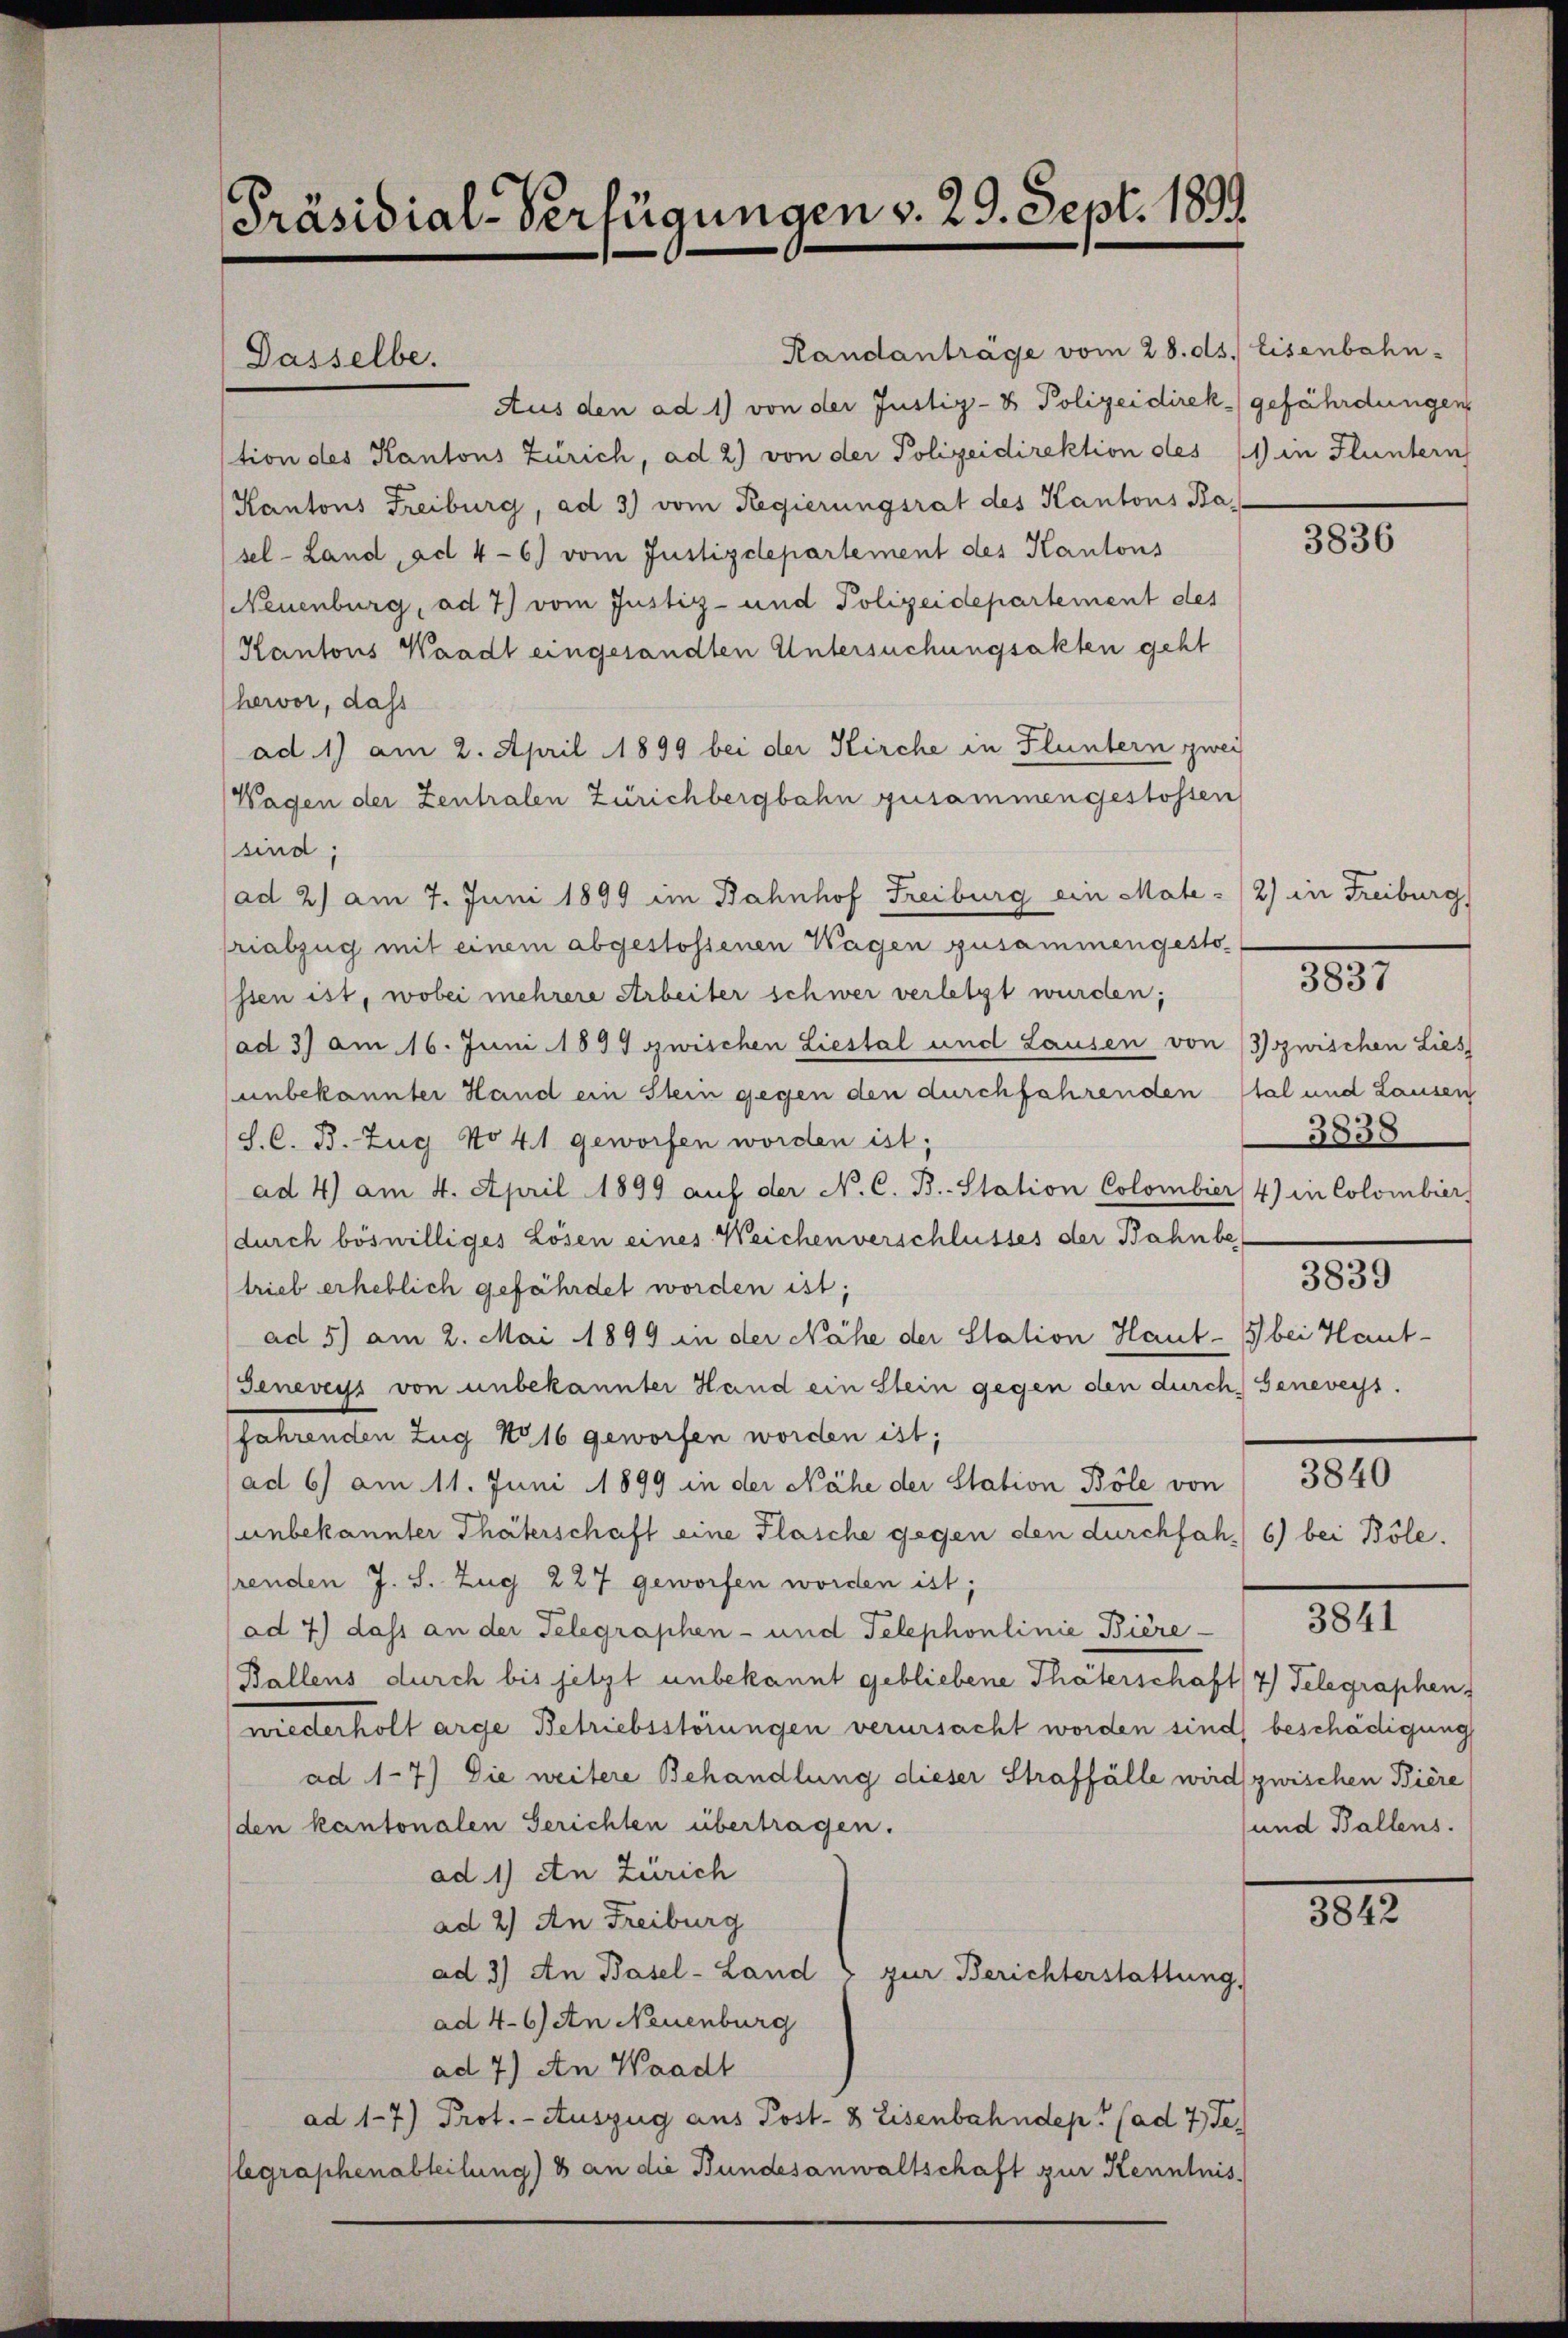
Präsidial-Verfügungen v. 29. Sept. 1899

Dasselbe.

Randanträge vom 28. ds. Eisenbahn-

Aus den ad 1) von der Justiz- & Polizeidirek gefährdungen
tion des Kantons Zürich, ad 2) von der Polizeidirektion des (1 in Fluntern
Kantons Freiburg, ad 3) vom Regierungsrat des Kantons Ba-
sel-Land, ad 4-6) vom Justizdepartement des Kantons
Neuenburg, ad 7) vom Justiz- und Polizeidepartement des
Kantons Waadt eingesandten Untersuchungsakten geht
hervor, dass
ad. 1) am 2. April 1899 bei der Kirche in Fluntern zwei
Wagen der Zentralen Zürichbergbahn zusammengestossen
sind;
ad 2) am 7. Juni 1899 im Bahnhof Freiburg ein Male - (2) in Freiburg
riabzug mit einem abgestossenen Wagen zusammengesto-
ssen ist, wobei mehrere Arbeiter schwer verletzt wurden;
(ad 3) am 16. Juni 1899 zwischen Liestal und Lausen von zwischen Lies
unbekannter Hand ein Stein gegen den durchfahrenden Stal und Lausen
S. C. B. Zug No 41 geworfen worden ist;
ad 4) am 4. April 1899 auf der N. C. B. Station Colombier 4) in Colombier
(durch böswilliges Lösen eines Weichenverschlusses der Bahnbe
trieb erheblich gefährdet worden ist;
ad 5) am 2. Mai 1899 in der Nähe der Station Haut- bei Haut-
Jeneveys von unbekannter Hand ein Stein gegen den durch Geneveys.
fahrenden Zug No 16 geworfen worden ist;
ad 6) am 11. Juni 1899 in der Nähe der Station Böle von 3840
unbekannter Thäterschaft eine Flasche gegen den durchfah,) 6) bei Böle.
renden J. S. Zug 227 geworfen worden ist;
ad 7) dass an der Telegraphen- und Telephonlinie Biere
Ballens durch bis jetzt unbekannt gebliebene Thäterschaft 2) Telegraphen,
wiederholt arge Betriebsstörungen verursacht worden sind) beschädigung
ad 17) Die weitere Behandlung dieser Straffälle wird zwischen Biere
den kantonalen Gerichten übertragen.
ad 1) An Zürich
ad 2) An Freiburg
ad 3) An Basel-Land & zur Berichterstattung.
ad 46) An Neuenburg
ad 7) An Waadt
ad 17) Prof. - Auszug aus Post- 8 Eisenbahndep? (ad 7. Je
legraphenabteilung) 8 an die Bundesanwaltschaft zur Kenntnis

3836

3837

3838
3839

3841

und Ballens.

3842